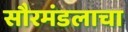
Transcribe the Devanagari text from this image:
सौरमंडलाचा